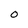
Character: O